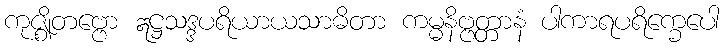
ကုဇ္ဈိတဗ္ဗော ဣဋ္ဌသဒ္ဒပရိယာယသာဓိတာ ကမ္မနိဗ္ဗတ္တာနံ ပါကာရပရိက္ခေပေါ